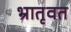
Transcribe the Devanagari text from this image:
भ्रातृवत